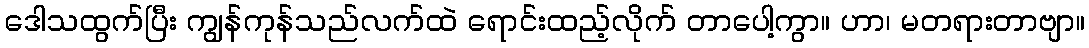
ဒေါသထွက်ပြီး ကျွန်ကုန်သည်လက်ထဲ ရောင်းထည့်လိုက် တာပေါ့ကွာ။ ဟာ၊ မတရားတာဗျာ။